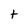
Character: t